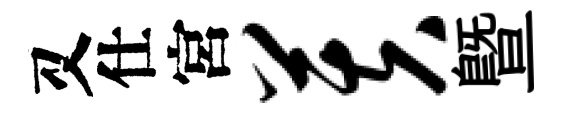
又仕宮芙暨